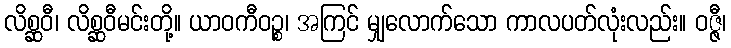
လိစ္ဆဝီ၊ လိစ္ဆဝီမင်းတို့။ ယာဝကီဝဉ္စ၊ အကြင် မျှလောက်သော ကာလပတ်လုံးလည်း။ ဝဇ္ဇီ၊